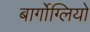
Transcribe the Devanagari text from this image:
बार्गोग्लियो